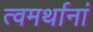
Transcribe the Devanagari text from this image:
त्वमर्थानां